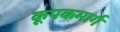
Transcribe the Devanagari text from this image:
कूपकमार्ग